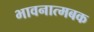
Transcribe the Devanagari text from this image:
भावनात्मबक